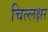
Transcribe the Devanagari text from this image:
चिल्लक्षर